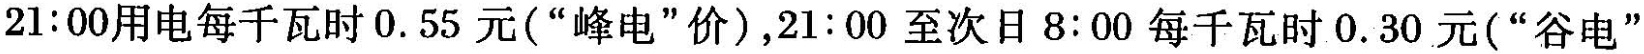
21:00用电每千瓦时0.55元(“峰电”价)，21:00至次日8:00每千瓦时0.30元(“谷电”